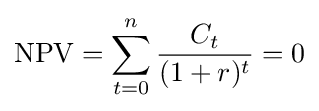
{\mbox{NPV}}=\sum _{t=0}^{n}{\frac {C_{t}}{(1+r)^{t}}}=0